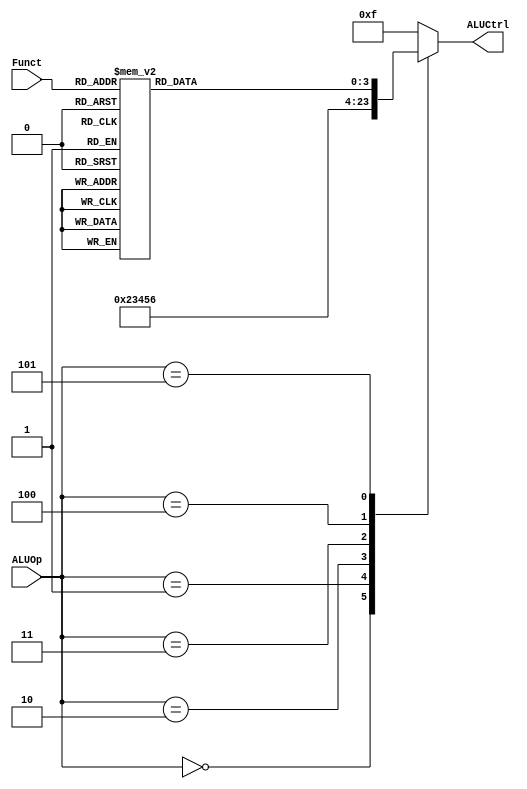
module ALU_control
(
 input [2:0] ALUOp,
 input [5:0] Funct,
 output reg [3:0] ALUCtrl
);
 
 always @(ALUOp,Funct)
 begin
  case(ALUOp)
  3'b000: ALUCtrl <= 4'd2; //addi, lw, sw
  3'b001: ALUCtrl <= 4'd3; //subi, beq, bne
  3'b010: ALUCtrl <= 4'd4; //blt
  3'b011: ALUCtrl <= 4'd5; //bgt
  3'b100: ALUCtrl <= 4'd6; //not
  3'b101:
  begin
   case(Funct)
   6'b100100: ALUCtrl <= 4'd0;  //and
   6'b100101: ALUCtrl <= 4'd1;  //or
   6'b100000: ALUCtrl <= 4'd2;  //add
   6'b100010: ALUCtrl <= 4'd3;  //sub
	6'b101010: ALUCtrl <= 4'd4;  //slt
	6'b111010: ALUCtrl <= 4'd5;  //sgt
	6'b011000: ALUCtrl <= 4'd7;  //mult
	6'b011010: ALUCtrl <= 4'd8;  //div
	6'b000000: ALUCtrl <= 4'd9;  //sll
	6'b000001: ALUCtrl <= 4'd10; //srl
	6'b101011: ALUCtrl <= 4'd11; //slet
	6'b111011: ALUCtrl <= 4'd12; //sget
	6'b000010: ALUCtrl <= 4'd13; //set
	6'b000011: ALUCtrl <= 4'd14; //sdt
   default: ALUCtrl <= 4'b1111;
   endcase
  end
  default: ALUCtrl <= 4'b1111;
  endcase
 end
endmodule